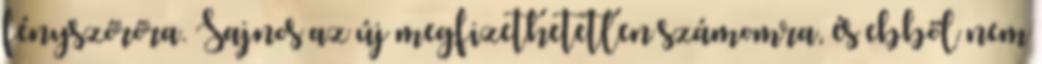
fényszóróra. Sajnos az új megfizethetetlen számomra, és ebből nem